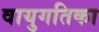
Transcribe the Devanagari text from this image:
वायुगतिका